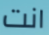
انت